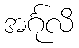
အင်္ဂုလိ